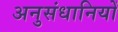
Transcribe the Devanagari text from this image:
अनुसंधानियों